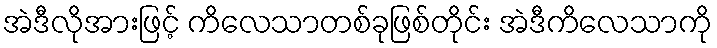
အဲဒီလိုအားဖြင့် ကိလေသာတစ်ခုဖြစ်တိုင်း အဲဒီကိလေသာကို